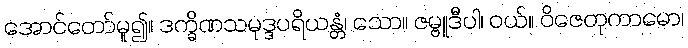
အောင်တော်မူ၍။ ဒက္ခိဏသမုဒ္ဒပရိယန္တံ၊ သော။ ဇမ္ဗူဒီပါ၊ ဝယ်။ ဝိဇေတုကာမော၊